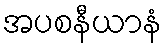
အပစနီယာနံ